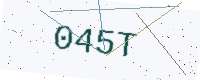
Text: 045T